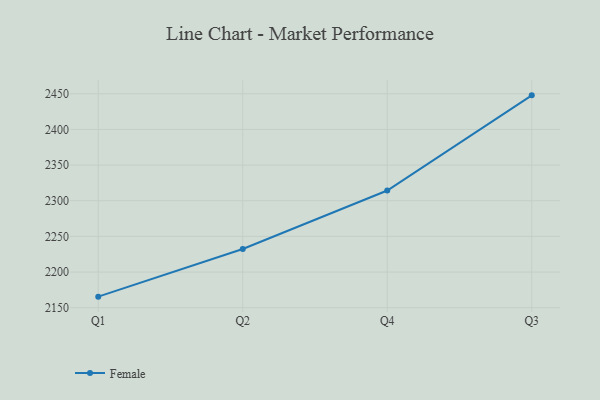
{"axis": {"x": "Quarter", "y": "Gross Profit (USD K)"}, "legend": ["Female"], "data": [{"x": "Q1", "y": 2165.5, "type": "Female"}, {"x": "Q2", "y": 2232.4, "type": "Female"}, {"x": "Q4", "y": 2314.3, "type": "Female"}, {"x": "Q3", "y": 2447.8, "type": "Female"}]}